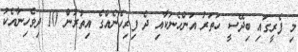
މި ފެރީގައި ބިދޭސީ ހަތަރު އަންހެނަކާއި ދެ ފިރިހެނެއްގެ އިތުރުން 10 ދިވެހިނާއެކު